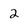
Character: 2